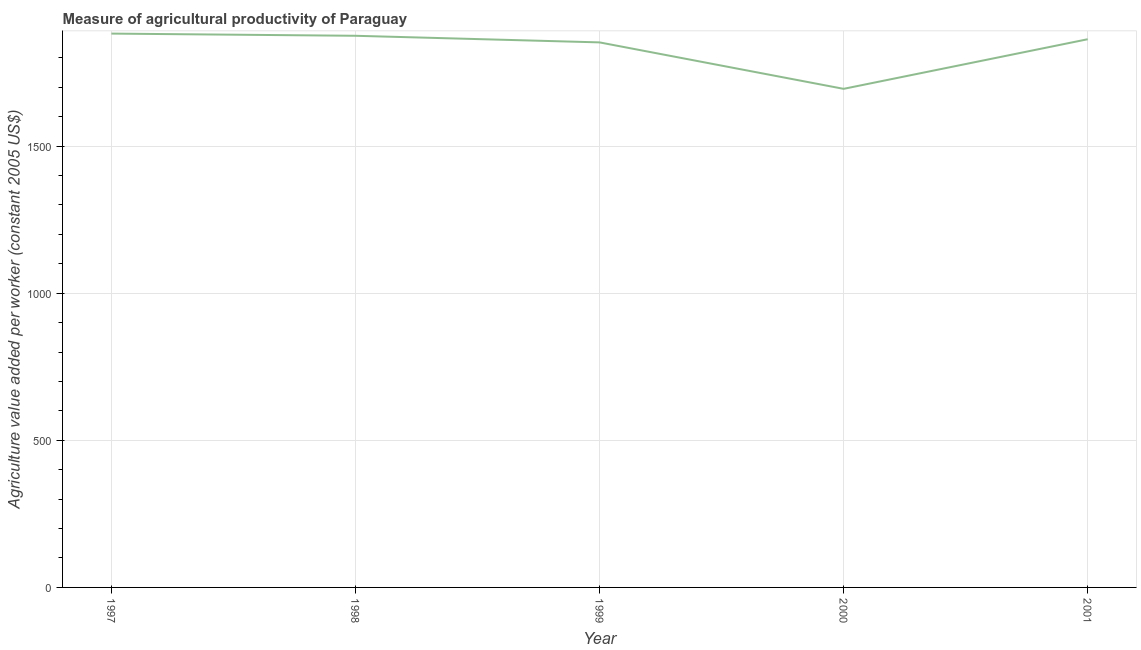
| Year | Agriculture value added per worker |
 | --- | --- |
 | 1997 | 1.88e+03 |
 | 1998 | 1.87e+03 |
 | 1999 | 1.85e+03 |
 | 2000 | 1.69e+03 |
 | 2001 | 1.86e+03 |